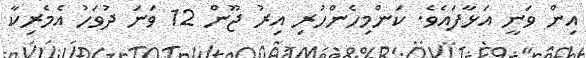
އިން ވަނީ އަޅާފައެވެ. ކަންމިހެންހުރި އިރު ޖޫން 12 ވަނަ ދުވަހު އެމެރިކާ